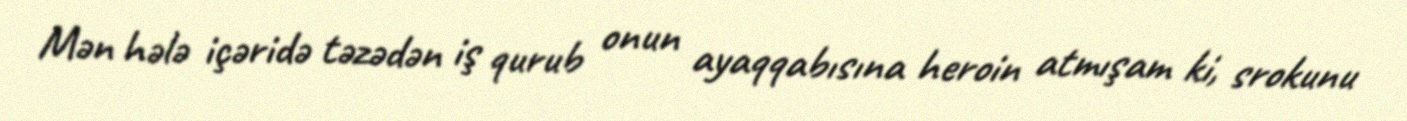
Mən hələ içəridə təzədən iş qurub onun ayaqqabısına heroin atmışam ki, srokunu